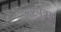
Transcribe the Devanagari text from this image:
अष्टपुत्रा